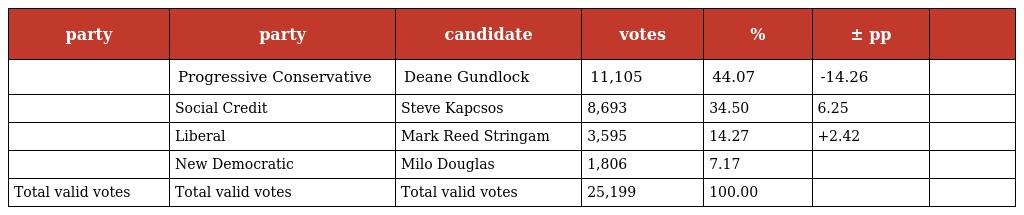
| party | party | candidate | votes | % | ± pp |  |
 | --- | --- | --- | --- | --- | --- | --- |
 |  | Progressive Conservative | Deane Gundlock | 11,105 | 44.07 | -14.26 |  |
 |  | Social Credit | Steve Kapcsos | 8,693 | 34.50 | 6.25 |  |
 |  | Liberal | Mark Reed Stringam | 3,595 | 14.27 | +2.42 |  |
 |  | New Democratic | Milo Douglas | 1,806 | 7.17 |  |  |
 | Total valid votes | Total valid votes | Total valid votes | 25,199 | 100.00 |  |  |